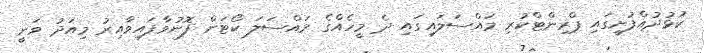
ކުޅުދުއްފުށީގައި ޕްރިންޓްކުރި މައްސަލައިގައި ދެ މީހެއްގެ މައްސަލަ ކޯޓަށް ފޮނުވާފައިވާއިރު މިއަދު ވަނީ